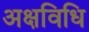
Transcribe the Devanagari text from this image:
अक्षविधि